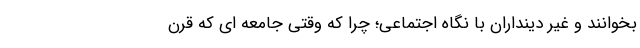
بخوانند و غیر دینداران با نگاه اجتماعی؛ چرا که وقتی جامعه ای که قرن